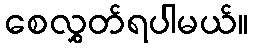
စေလွှတ်ရပါမယ်။